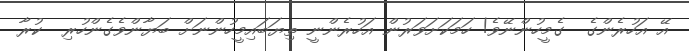
އޭ އަހުރެންގެ  ގެމީހުންނޭވެ! ހަމަކަށަވަރުން އަހުރެންނީ ތިޔަބައިމީހުންނަށް ބަޔާންވެގެންހުރި  ކުރާ